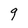
Character: 9